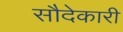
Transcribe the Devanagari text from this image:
सौदेकारी